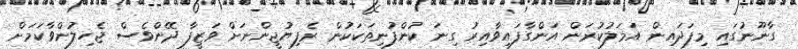
ގާނޫނުގައި މިފަދައިން އަމަލުކުރަން އަންގާފައިވާއިރު ގިނަ ކުންފުނިތަކަކުން ރެފިޔުޖީންނަށް ވަޒީފާ ދޭންވެސް ޖެހިލުންވާކަމަށް